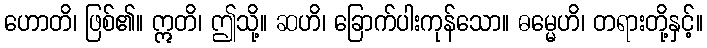
ဟောတိ၊ ဖြစ်၏။ ဣတိ၊ ဤသို့။ ဆဟိ၊ ခြောက်ပါးကုန်သော။ ဓမ္မေဟိ၊ တရားတို့နှင့်။